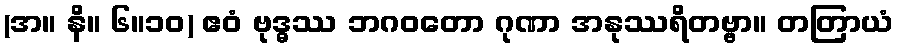
(အ။ နိ။ ၆။၁၀) ဧဝံ ဗုဒ္ဓဿ ဘဂဝတော ဂုဏာ အနုဿရိတဗ္ဗာ။ တတြာယံ